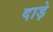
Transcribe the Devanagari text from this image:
दाड़े